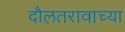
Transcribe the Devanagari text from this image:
दौलतरावाच्या